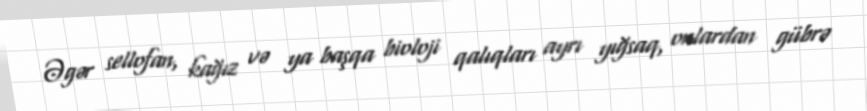
Əgər sellofan, kağız və ya başqa bioloji qalıqları ayrı yığsaq, onlardan gübrə